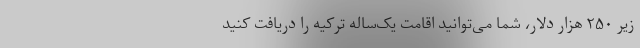
زیر ۲۵۰ هزار دلار، شما می‌توانید اقامت یک‌ساله ترکیه را دریافت کنید